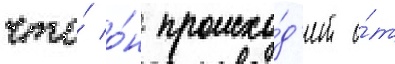
что́ о́н происхо́д'ит о́т